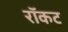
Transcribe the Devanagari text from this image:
रॉकट